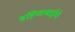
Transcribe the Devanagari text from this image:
बहिणाबाईचे